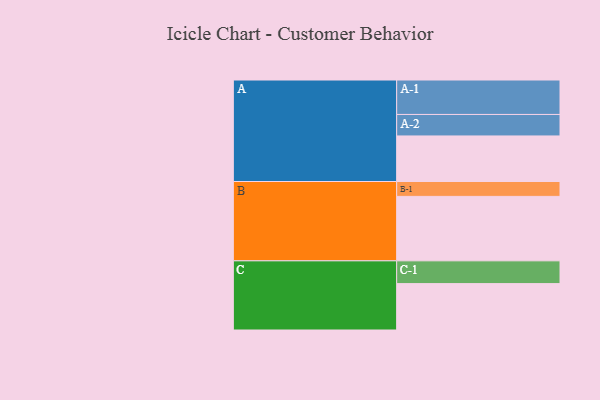
{"axis": {"x": "Segment", "y": "Value"}, "legend": ["", "A", "B", "C"], "data": [{"x": "A", "y": 386, "type": ""}, {"x": "B", "y": 546, "type": ""}, {"x": "C", "y": 393, "type": ""}, {"x": "A-1", "y": 292, "type": "A"}, {"x": "A-2", "y": 182, "type": "A"}, {"x": "B-1", "y": 126, "type": "B"}, {"x": "C-1", "y": 193, "type": "C"}]}